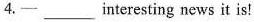
4.- ___ interesting news it is!